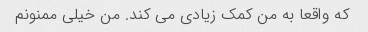
که واقعا به من کمک زیادی می کند. من خیلی ممنونم